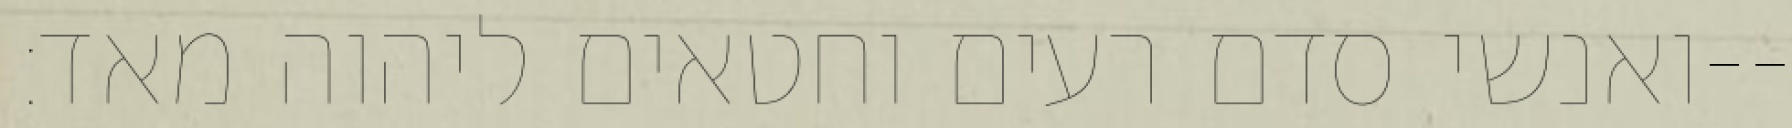
ואנשי סדם רעים וחטאים ליהוה מאד׃--